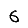
Digit: 6